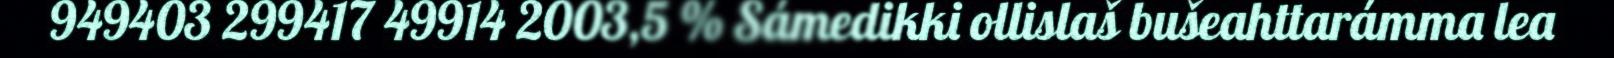
949403 299417 49914 2003,5 % Sámedikki ollislaš bušeahttarámma lea